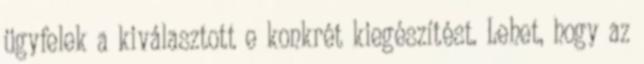
ügyfelek a kiválasztott e konkrét kiegészítést. Lehet, hogy az